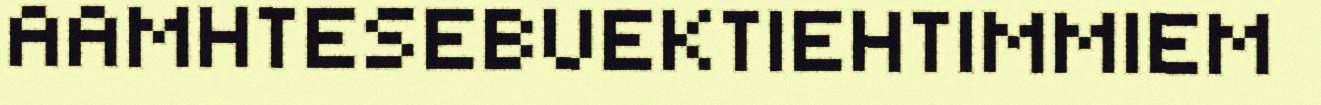
AAMHTESEBUEKTIEHTIMMIEM